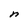
Character: n